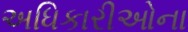
અધિકારીઓના